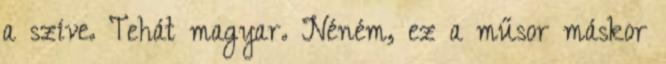
a szíve. Tehát magyar. Néném, ez a műsor máskor